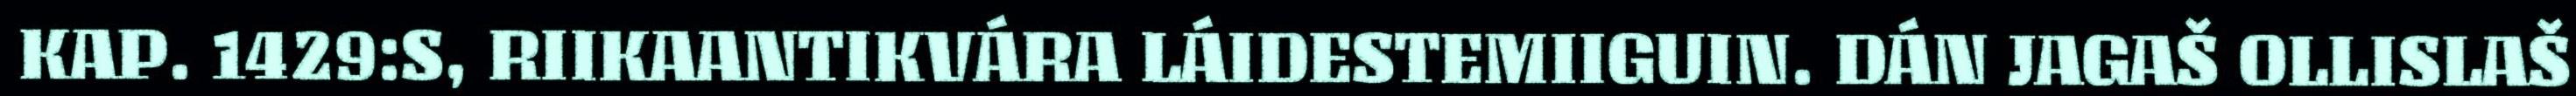
KAP. 1429:S, RIIKAANTIKVÁRA LÁIDESTEMIIGUIN. DÁN JAGAŠ OLLISLAŠ